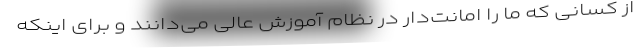
از کسانی که ما را امانت‌دار در نظام آموزش عالی می‌دانند و برای اینکه